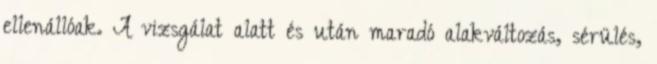
ellenállóak. A vizsgálat alatt és után maradó alakváltozás, sérülés,